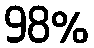
98%